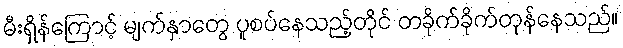
မီးရှိန်ကြောင့် မျက်နှာတွေ ပူစပ်နေသည့်တိုင် တခိုက်ခိုက်တုန်နေသည်။